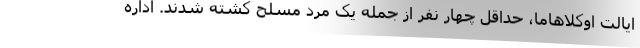
ایالت اوکلاهاما، حداقل چهار نفر از جمله یک مرد مسلح کشته شدند. اداره